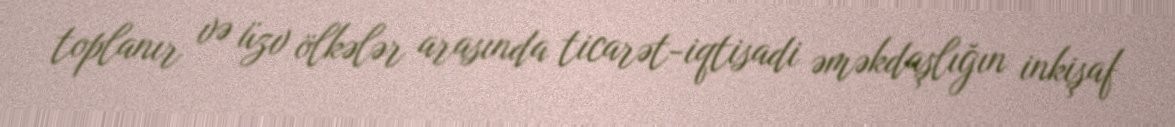
toplanır və üzv ölkələr arasında ticarət-iqtisadi əməkdaşlığın inkişaf